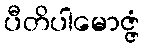
ပီတိပါမောဇ္ဇံ